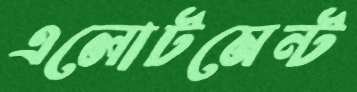
এলোটমেন্ট